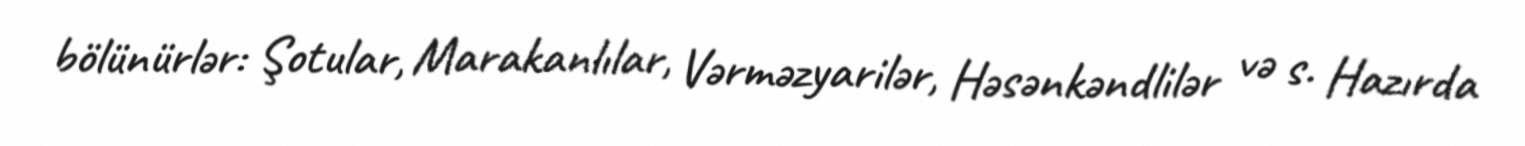
bölünürlər: Şotular, Marakanlılar, Vərməzyarilər, Həsənkəndlilər və s. Hazırda